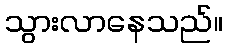
သွားလာနေသည်။